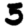
Digit: 3